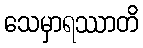
သေမှာရဿာတိ